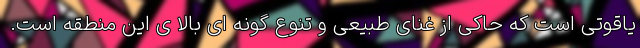
یاقوتی است که حاکی از غنای طبیعی و تنوع گونه ای بالا ی این منطقه است.